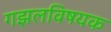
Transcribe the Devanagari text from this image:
गझलविषयक